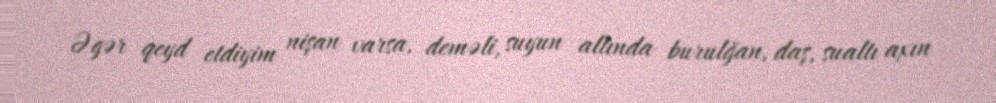
Əgər qeyd etdiyim nişan varsa, deməli, suyun altında burulğan, daş, sualtı axın